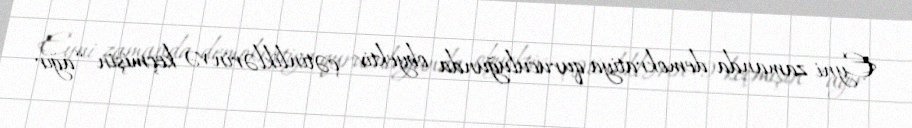
Eyni zamanda demokratiya quruculuğunda obyektiv çətinliklərin və keçmişin “ağır